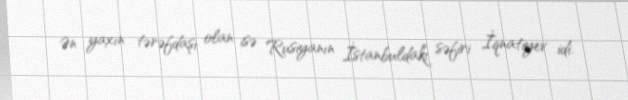
Ən yaxın tərəfdaşı olan isə Rusiyanın İstanbuldakı səfiri İqnatiyev idi.